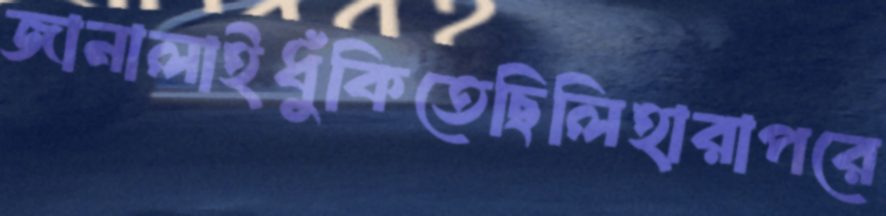
জানালাইধুঁকিতেছিলিহারাপরে